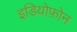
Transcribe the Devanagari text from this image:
इडियोफ़ोन